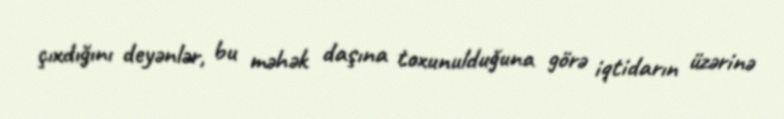
çıxdığını deyənlər, bu məhək daşına toxunulduğuna görə iqtidarın üzərinə